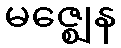
မဇ္ဈေန